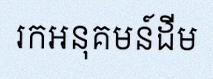
រកអនុគមន៍ដើម